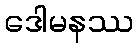
ဒေါမနဿ